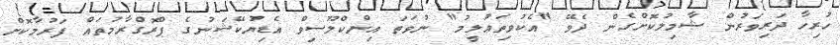
ހުރިހާ ދަރިވަރުން ޝާމިލުކޮށްގެން ދެވޭ "އެކުވިތަޢުލީމު" ނުވަތަ އިންކްލޫސިވް އެޑިޔުކޭޝަނުގެ ޕްރޮގްރާމުތައް ފަރުމާކޮށް